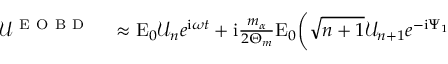
\begin{array} { r l } { \mathcal { U } ^ { \mathrm { ~ E ~ O ~ B ~ D ~ } } } & { { } \approx \mathrm { E } _ { 0 } \mathcal { U } _ { n } e ^ { \mathrm { i } \omega t } + \mathrm { i } \frac { m _ { \alpha } } { 2 \Theta _ { m } } \mathrm { E } _ { 0 } \bigg ( \sqrt { n + 1 } \mathcal { U } _ { n + 1 } e ^ { - \mathrm { i } \Psi _ { 1 } } } \end{array}